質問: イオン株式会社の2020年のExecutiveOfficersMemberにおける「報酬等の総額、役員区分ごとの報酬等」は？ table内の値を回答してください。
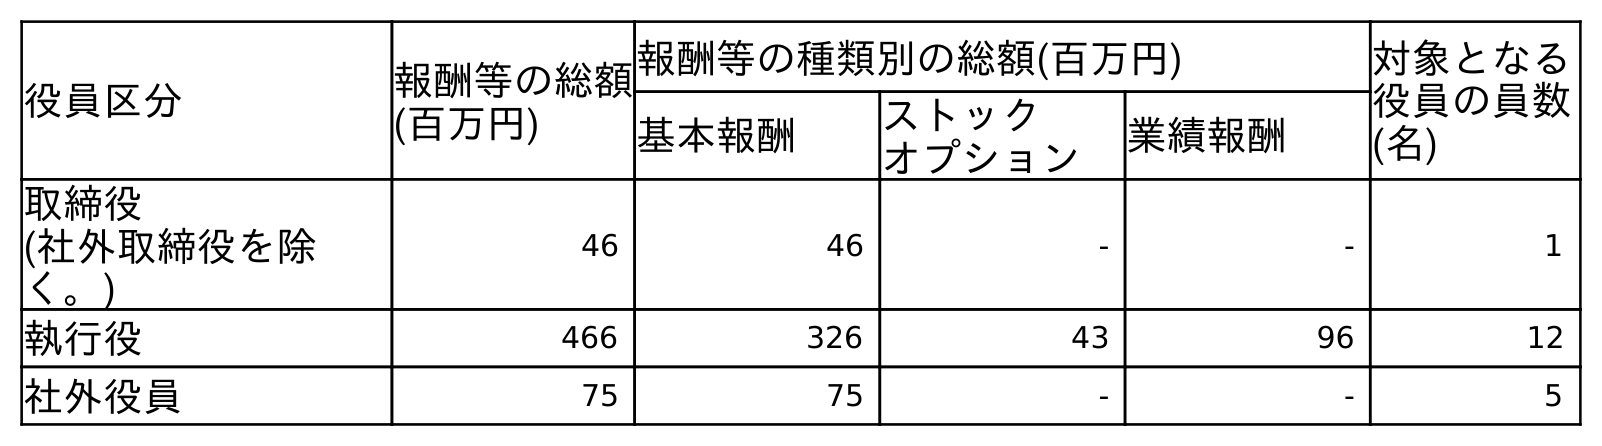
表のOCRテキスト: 役員区分 報酬等の総額 (百万円) 報酬等の種類別の総額(百万円) 対象となる 役員の員数 (名) 基本報酬 ストック オプション 業績報酬 取締役 (社外取締役を除 く。) 46 46 - - 1 執行役 466 326 43 96 12 社外役員 75 75 - - 5
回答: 466